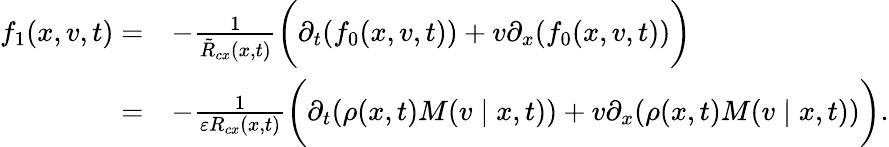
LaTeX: \begin{array}{rl}{f_{1}(x,v,t)=}&{-\frac{1}{\tilde{R}_{cx}(x,t)}\bigg(\partial_{t}(f_{0}(x,v,t))+v\partial_{x}(f_{0}(x,v,t))\bigg)}\\ {=}&{-\frac{1}{\varepsilon R_{cx}(x,t)}\bigg(\partial_{t}(\rho(x,t)M(v\mid x,t))+v\partial_{x}(\rho(x,t)M(v\mid x,t))\bigg).}\end{array}